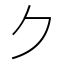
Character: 𠂊